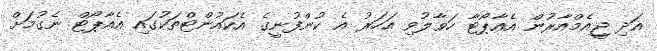
އަދި ޖީއެމްއާރުން އެއާޕޯޓާ ހަވާލުވި އަހަރު އެ ކުންފުނީގެ އެކައުންޓްތަކުގައި އެއާޕޯޓް ނެގުމަށް